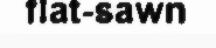
flat-sawn